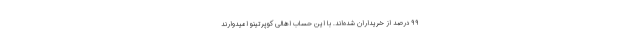
۹۹ درصد از خریداران شده‌اند. با این حساب اهالی کوپرتینو امیدوارند